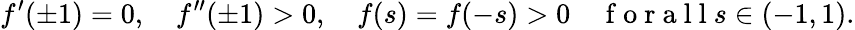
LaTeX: f^{\prime}(\pm 1)=0,\quad f^{\prime\prime}(\pm 1)>0,\quad f(s)=f(-s)>0\quad\mathrm{~f~o~r~a~l~l~}s\in(-1,1).